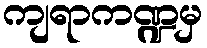
ကျရာကဏ္ဍမှ